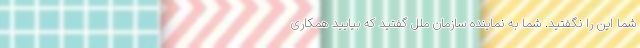
شما این را نگفتید. شما به نماینده سازمان ملل گفتید که بیایید همکاری